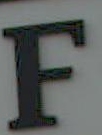
F